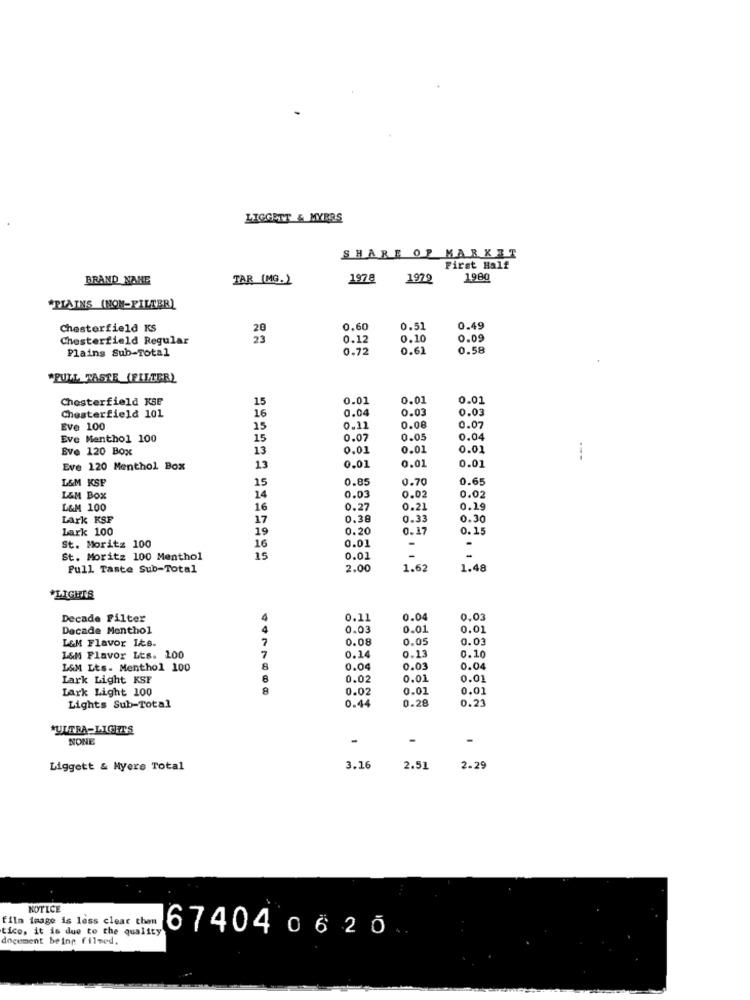
LIGGETT & MYRRS
SHARE OF MARKET
First Half
BRAND NAME
TAR (MG.)
197 8
1979
1980
"PLAINS (NON-FILEBR)
Chesterfield KS
0.60
0.51
0.49
Chesterfield Regular
23
0.12
0.10
0.09
Plains Sub-Total
0.72
0.61
0.58
"PULL TASTE (FILTER)
Chesterfield KSE
15
0.01
0.01
0.01
16
0.04
0.03
0.03
Chesterfield 101
Eve 100
15
0.11
0.08
0.07
Eve Menthol 100
15
0.07
0.0.
0.04
Eve 120 Box
13
0.01
0.01
0.01
Eve 120 Menthol Box
13
0.01
0.01
0.01
L&M KSF
15
0.85
0.70
0.65
L&M Box
14
0.03
0.02
0.02
L&M 100
16
0.27
0.21
0.19
Lark KSF
17
0.38
0.33
0.30
Lark 100
19
0.20
0.17
0. 15
St. Moritz 100
16
0.01
-
-
St. Moritz 100 Menthol
15
0.01
-
-
Full Taste Sub-Total
2.00
1.62
1.48
*LIGHTS
Decade Filter
4
0.11
0.04
0.03
Decade Menthol
4
0.03
0.01
0.01
7
0.08
0,05
0.03
L&M Flavor Its.
0.10
L&M Flavor Lts. 100
7
0.14
0.13
L&M Lts. Menthol 100
0.04
0.03
0.04
Lark Light KSF
B
0.02
0.01
0.01
Lark Light 100
0.0
0.01
0.01
0.44
0.28
0.23
Lights Sub-Total
*ULTRA-LIGHETS
NONE
Liggett & Nyere Total
3.16
2.51
2-29
NOTICE
film image is less clear than
tice, it is due to the quality
document being filmed.
674040620